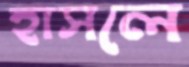
হাসলে